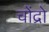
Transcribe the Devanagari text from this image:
चोंद्रो